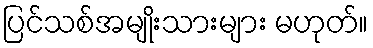
ပြင်သစ်အမျိုးသားများ မဟုတ်။